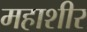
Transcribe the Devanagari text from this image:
महाशीर